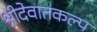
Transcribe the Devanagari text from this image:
श्रीदेवातकल्प